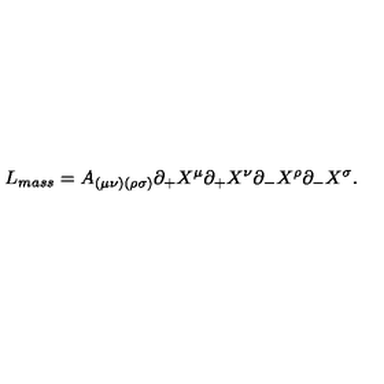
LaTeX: L _ { m a s s } = A _ { ( \mu \nu ) ( \rho \sigma ) } \partial _ { + } X ^ { \mu } \partial _ { + } X ^ { \nu } \partial _ { - } X ^ { \rho } \partial _ { - } X ^ { \sigma } .